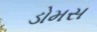
ડોમસ